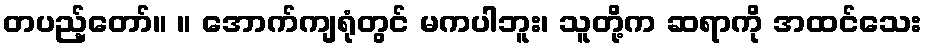
တပည့်တော်။ ။ အောက်ကျရုံတွင် မကပါဘူး၊ သူတို့က ဆရာကို အထင်သေး